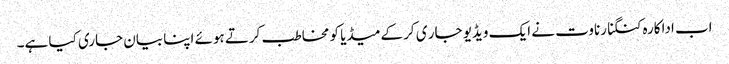
اب اداکارہ کنگنا رناوت نے ایک ویڈیو جار ی کر کےمیڈیا کو مخاطب کرتے ہوئے اپنا بیان جاری کیا ہے۔